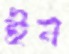
ইন